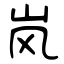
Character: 岚